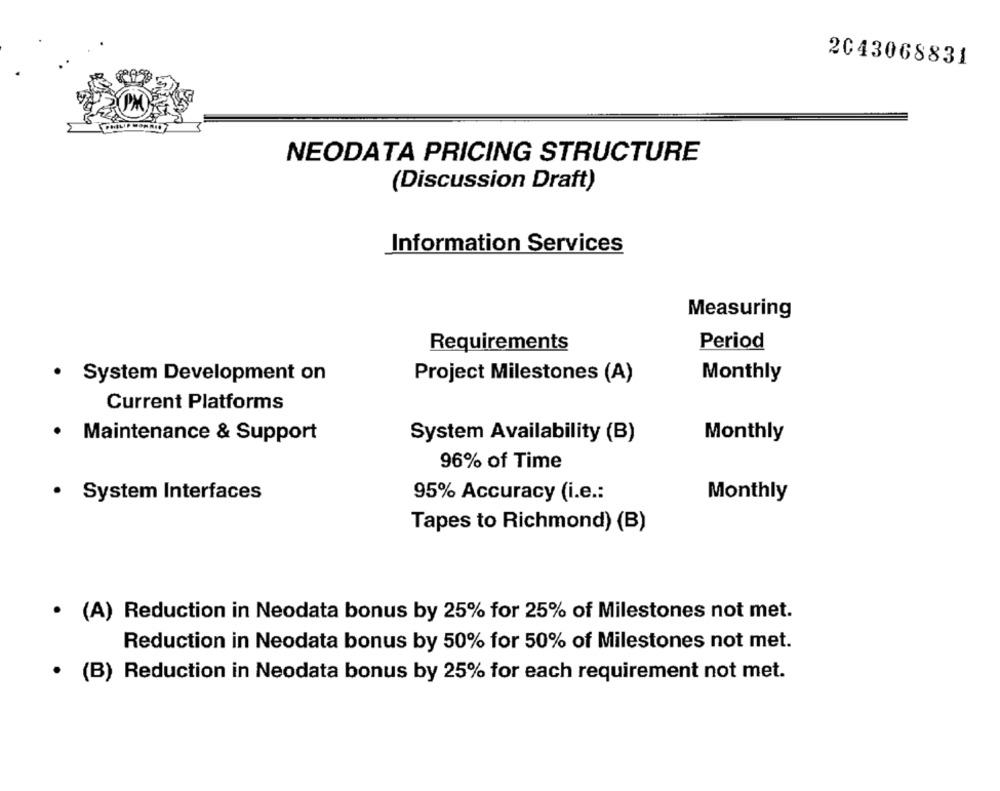
2043068831
NEODATA PRICING STRUCTURE
(Discussion Draft)
Information Services
Measuring
Requirements
Period
· System Development on
Project Milestones (A)
Monthly
Current Platforms
.
Maintenance & Support
System Availability (B)
Monthly
96% of Time
· System Interfaces
95% Accuracy (i.e .:
Monthly
Tapes to Richmond) (B)
· (A) Reduction in Neodata bonus by 25% for 25% of Milestones not met.
Reduction in Neodata bonus by 50% for 50% of Milestones not met.
· (B) Reduction in Neodata bonus by 25% for each requirement not met.